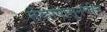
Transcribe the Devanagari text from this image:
तेव्हापासूनचीच